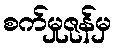
စက်မှုဇုန်မှ